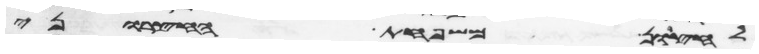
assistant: לחצרון משפחת החצרוני